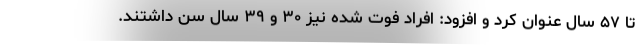
تا ۵۷ سال عنوان کرد و افزود: افراد فوت شده نیز ۳۰ و ۳۹ سال سن داشتند.